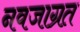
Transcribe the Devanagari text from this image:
नवजाग्रत